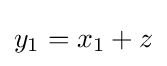
y_{1}=x_{1}+z